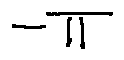
- \pi